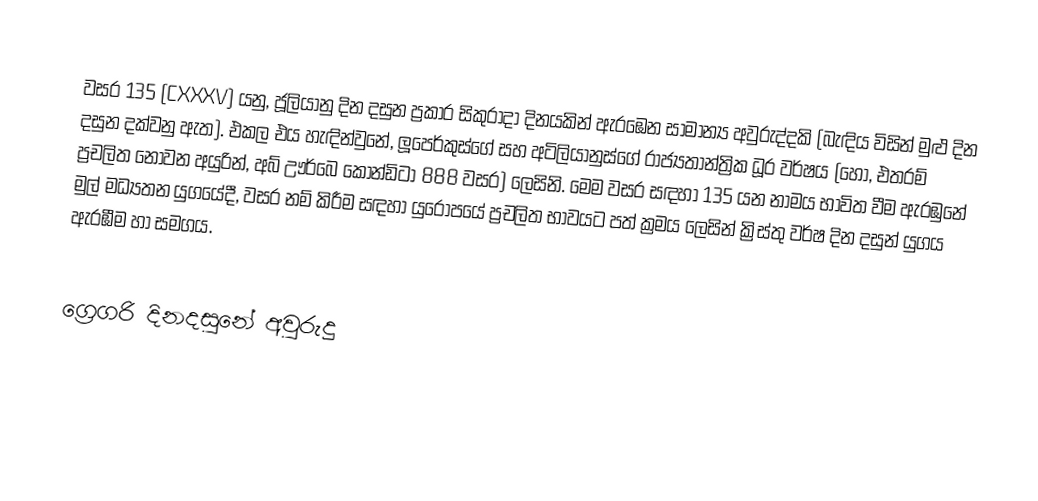

වසර 135 (CXXXV) යනු,  ජූලියානු දින දසුන ප්‍රකාර   සිකුරාදා දිනයකින් ඇරඹෙන සාමාන්‍ය අවුරුද්දකි  (බැඳිය විසින් මුළු දින දසුන දක්වනු ඇත). එකල එය හැඳින්වුනේ, ලූපෙර්කුස්ගේ සහ අටිලියානුස්ගේ රාජ්‍යතාන්ත්‍රික  ධූර වර්ෂය (හෝ, එතරම් ප්‍රචලිත නොවන අයුරින්,  අබ් ඌර්බෙ කෝන්ඩිටා  888 වසර) ලෙසිනි.  මෙම වසර සඳහා 135 යන නාමය භාවිත වීම ඇරඹුනේ මුල් මධ්‍යතන යුගයේදී, වසර නම් කිරීම සඳහා යුරෝපයේ ප්‍රචලිත භාවයට පත් ක්‍රමය ලෙසින් ක්‍රිස්තු වර්ෂ දින දසුන් යුගය ඇරඹීම හා සමගය.

ග්‍රෙගරි දිනදසුනේ අවුරුදු